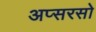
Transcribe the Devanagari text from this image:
अप्सरसो